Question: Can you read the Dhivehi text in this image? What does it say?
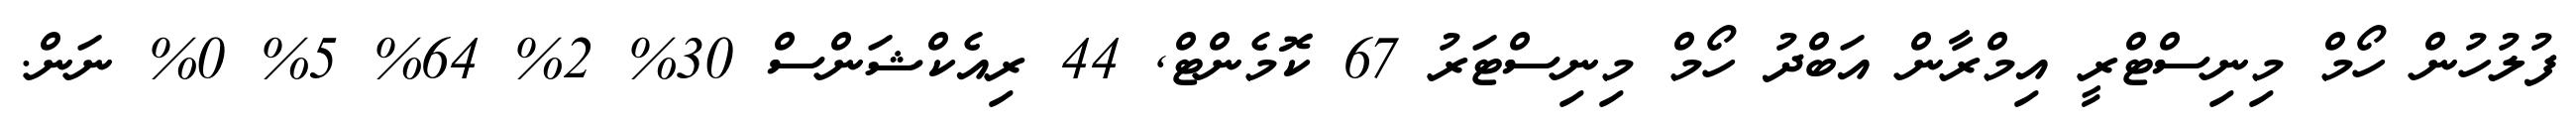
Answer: ފުލުހުން ހޯމް މިނިސްޓްރީ އިމްރާން އަބްދު ހޯމް މިނިސްޓަރު 67 ކޮމެންޓް, 44 ރިއެކްޝަންސް 30% 2% 64% 5% 0% ނަން.